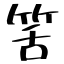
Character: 筈